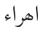
اھراء